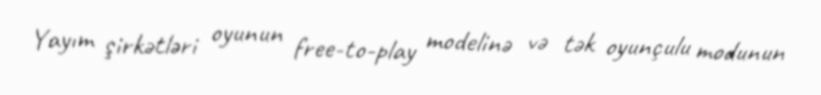
Yayım şirkətləri oyunun free-to-play modelinə və tək oyunçulu modunun